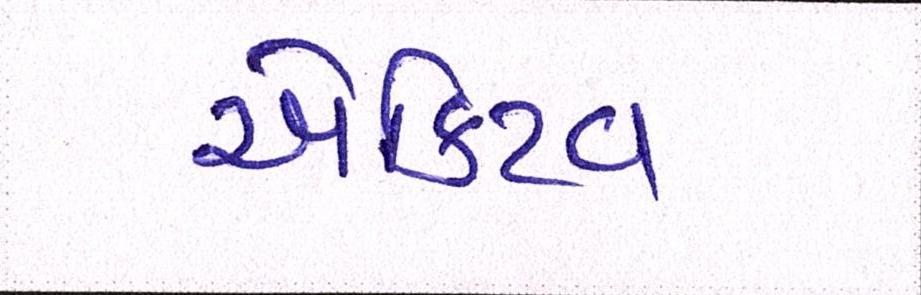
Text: એક્ટિવ